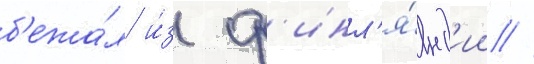
б'ежа́л и́з ф'инл'я́нд'ии //